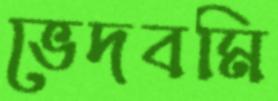
ভেদবমি